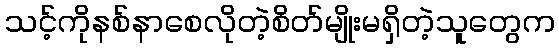
သင့်ကိုနစ်နာစေလိုတဲ့စိတ်မျိုးမရှိတဲ့သူတွေက